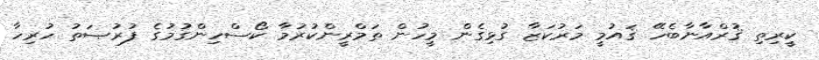
ކީރިތި ޤުރްއާނާބެހޭ ޤައުމީ މަރުކަޒާ ގުޅިގެން މީހުން ތަމްރީންކުރުމާ ކޯސްހިންގުމުގެ ފުރުޞަތު ހުރިހާ